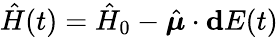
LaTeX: \hat{H}(t)=\hat{H}_{0}-\hat{\boldsymbol{\mu}}\cdot\mathbf{d}E(t)